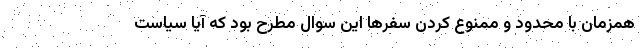
همزمان با محدود و ممنوع کردن سفرها این سوال مطرح بود که آیا سیاست